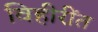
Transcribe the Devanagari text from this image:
विहीरींत